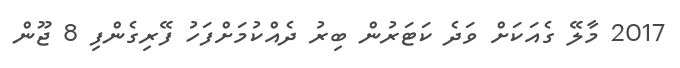
2017 މާލޭ ގެއަކަށް ވަދެ ކަޓަރުން ބިރު ދެއްކުމަށްފަހު ފޭރިގެންފި 8 ޖޫން